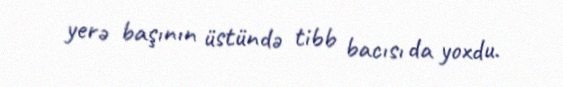
yerə başının üstündə tibb bacısı da yoxdu.